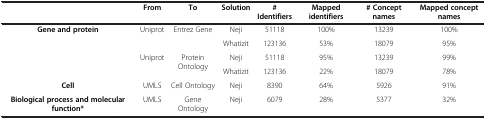
<table><thead><tr><td><b> </b></td><td><b>From</b></td><td><b>To</b></td><td><b>Solution</b></td><td><b># Identifiers</b></td><td><b>Mapped identifiers</b></td><td><b># Concept names</b></td><td><b>Mapped concept names</b></td></tr></thead><tbody><tr><td rowspan="4"><b>Gene and protein</b></td><td rowspan="2">Uniprot</td><td rowspan="2">Entrez Gene</td><td>Neji</td><td>51118</td><td>100%</td><td>13239</td><td>100%</td></tr><tr><td>Whatizit</td><td>123136</td><td>53%</td><td>18079</td><td>95%</td></tr><tr><td rowspan="2">Uniprot</td><td rowspan="2">Protein Ontology</td><td>Neji</td><td>51118</td><td>95%</td><td>13239</td><td>99%</td></tr><tr><td>Whatizit</td><td>123136</td><td>22%</td><td>18079</td><td>78%</td></tr><tr><td><b>Cell</b></td><td>UMLS</td><td>Cell Ontology</td><td>Neji</td><td>8390</td><td>64%</td><td>5926</td><td>91%</td></tr><tr><td><b>Biological process and molecular function*</b></td><td>UMLS</td><td>Gene Ontology</td><td>Neji</td><td>6079</td><td>28%</td><td>5377</td><td>32%</td></tr></tbody></table>